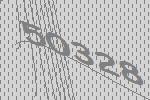
50328